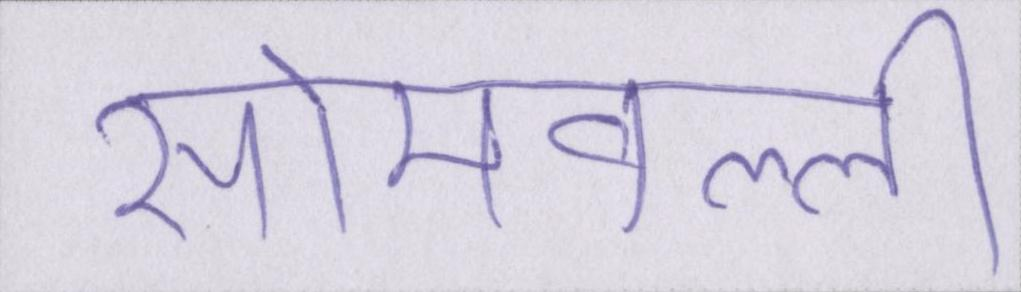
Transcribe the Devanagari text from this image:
सोमवल्ली